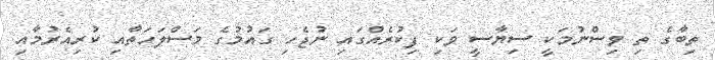
ތިބާގެ ތި ވިސްނުމަކީ ސިޔާސީ ވަކި ފިކުރެއްގައި ނުޖެހި ގަައުމުގެ މަސްލަހަތާއި ކުރިއެރުމާއި